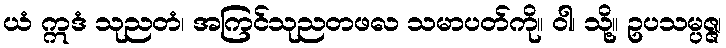
ယံ ဣဒံ သုညတံ၊ အကြင်သုညတဖလ သမာပတ်ကို။ ဝါ၊ သို့။ ဥပသမ္ပဇ္ဇ၊